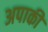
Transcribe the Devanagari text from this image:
अपाकी